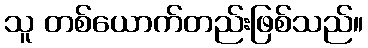
သူ တစ်ယောက်တည်းဖြစ်သည်။